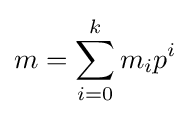
m=\sum _{i=0}^{k}m_{i}p^{i}